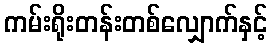
ကမ်းရိုးတန်းတစ်လျှောက်နှင့်